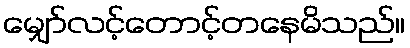
မျှော်လင့်တောင့်တနေမိသည်။